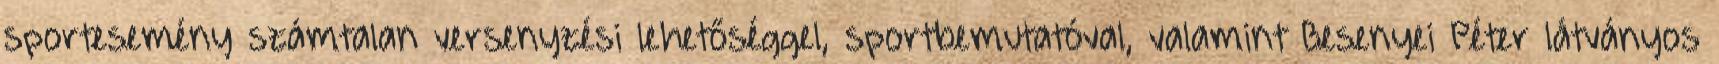
sportesemény számtalan versenyzési lehetőséggel, sportbemutatóval, valamint Besenyei Péter látványos